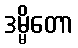
ဒမ္မိတော